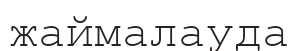
жаймалауда